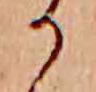
か